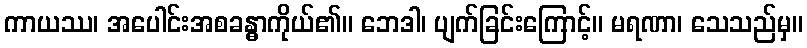
ကာယဿ၊ အပေါင်းအစခန္ဓာကိုယ်၏။ ဘေဒါ၊ ပျက်ခြင်းကြောင့်။ မရဏာ၊ သေသည်မှ။